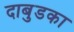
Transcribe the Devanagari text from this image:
दाबुडका